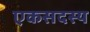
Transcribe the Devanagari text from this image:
एकसदस्य